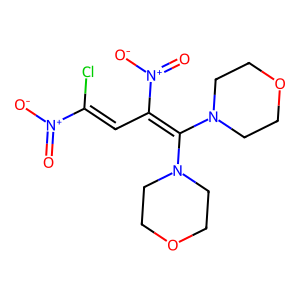
SMILES: O=[N+]([O-])C(Cl)=CC(=C(N1CCOCC1)N1CCOCC1)[N+](=O)[O-]
Inhibits HIV replication: No